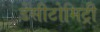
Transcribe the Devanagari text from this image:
डेंसीटोमिट्री